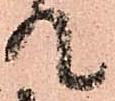
て